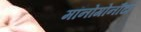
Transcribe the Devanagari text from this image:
मॉनोगोनौंटा